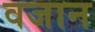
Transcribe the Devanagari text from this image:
वजान